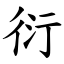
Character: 衍